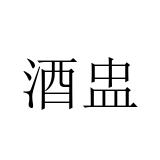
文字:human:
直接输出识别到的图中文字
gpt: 酒盅